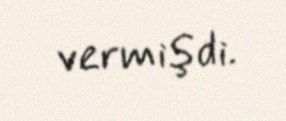
vermişdi.